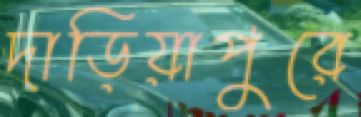
দাড়িয়াপুরে